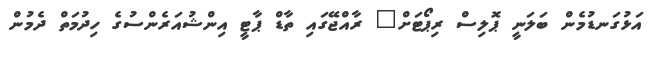
އަޅުގަނޑުމެން ބަލަނީ ޕޮލިސް ރިޕޯޓަށް" ރާއްޖޭގައި ތާޑް ޕާޓީ އިންޝުއަރެންސުގެ ހިދުމަތް ދެމުން